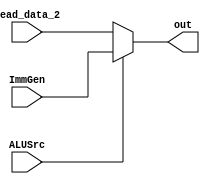
module ALUSrcMux(
    output[63:0] out,
    input[63:0] read_data_2, ImmGen,
    input ALUSrc
);

assign out = ALUSrc ? ImmGen:read_data_2;
endmodule